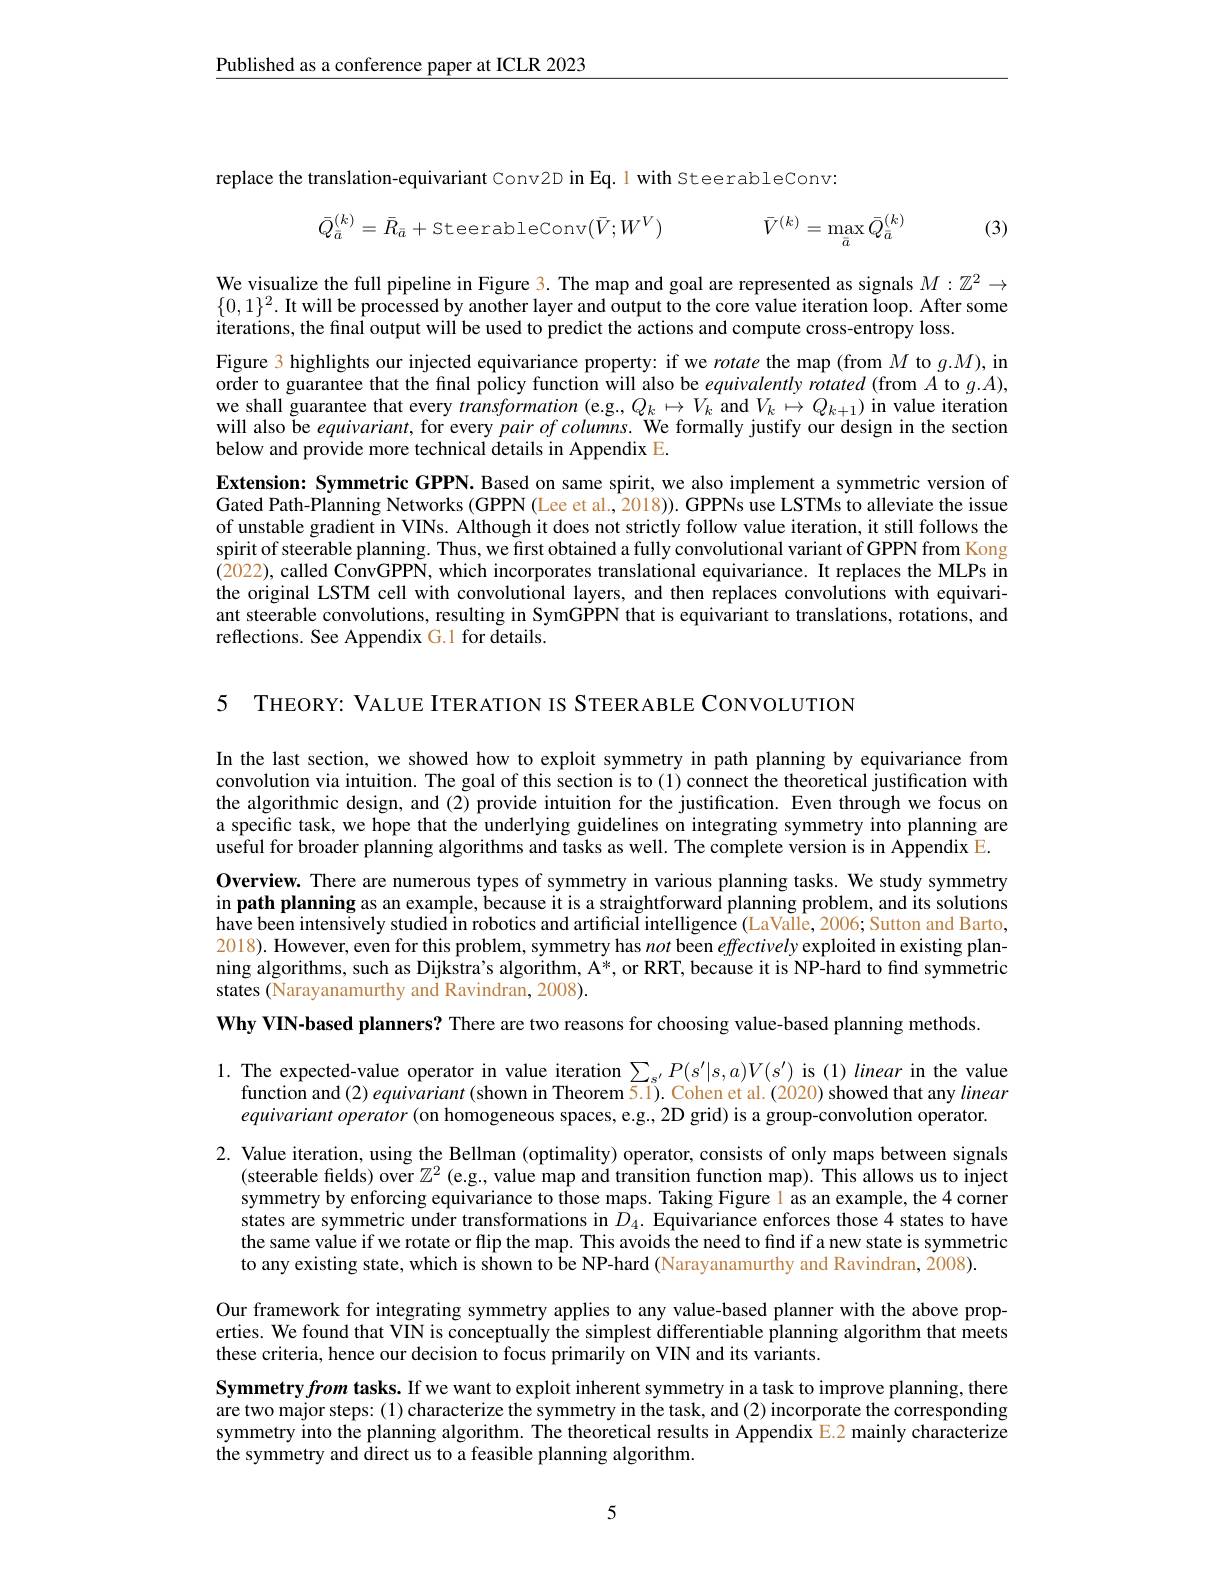
$\underline{\text{Published as a conference paper at ICLR 2023}}$

replace the translation-equivariant Conv2D in Eq.1 with SteerableConv:

(3)
$$\bar{Q}_{\bar{a}}^{(k)}=\bar{R}_{\bar{a}}+\text{SteerableConv}(\bar{V};W^{V})\quad\bar{V}^{(k)}=\max_{\bar{a}}\bar{Q}_{\bar{a}}^{(k)}$$
We visualize the full pipeline in Figure 3. The map and goal are represented as signals $M:\mathbb{Z}^2\to$ $\{0,1\}^2.$ It will be processed by another layer and output to the core value iteration loop. After some iterations, the final output will be used to predict the actions and compute cross-entropy loss.
Figure 3 highlights our injected equivariance property: if we rotate the map (from $M$ to $g.M)$,in order to guarantee that the final policy function will also be equivalently rotated (from $A$ to $g.A)$, we shall guarantee that every transformation (e.g., $Q_k\mapsto V_k$ and $V_k\mapsto Q_k+1)$ in value iteration will also be equivariant, for every pair of columns. We formally justify our design in the section below and provide more technical details in Appendix E.
Extension: Symmetric GPPN. Based on same spirit, we also implement a symmetric version of Gated Path-Planning Networks (GPPN (Lee et al., 2018)). GPPNs use LSTMs to alleviate the issue of unstable gradient in VINs. Although it does not strictly follow value iteration, it still follows the spirit of steerable planning. Thus, we first obtained a fully convolutional variant of GPPN from Kong $(\hat{2}022),\hat{\text{called ConvGPPN, which incorporates translational equivariance. It replaces the MLPs in}}$ the original LSTM cell with convolutional layers, and then replaces convolutions with equivariant steerable convolutions, resulting in SymGPPN that is equivariant to translations, rotations, and reflections. See Appendix G.1 for details.

5 THEORY: VALUE ITERATION IS STEERABLE CONVOLUTION

In the last section, we showed how to exploit symmetry in path planning by equivariance from convolution via intuition. The goal of this section is to (1) connect the theoretical justification with the algorithmic design, and (2) provide intuition for the justification. Even through we focus on a specific task, we hope that the underlying guidelines on integrating symmetry into planning are $\hat{\text{useful for broader planning algorithms and tasks as well. The complete version is in Appendix E.}}$ Overview. There are numerous types of symmetry in various planning tasks. We study symmetry in path planning as an example, because it is a straightforward planning problem, and its solutions have been intensively studied in robotics and artificial intelligence (LaValle,2006; Sutton and Barto, 2018). However, even for this problem, symmetry has not been effectively exploited in existing planning algorithms, such as Dijkstra's algorithm, A*, or RRT, because it is NP-hard to find symmetric states (Narayanamurthy and Ravindran, 2008).

Why VIN-based planners? There are two reasons for choosing value-based planning methods

1. The expected-value operator in value iteration $\sum_{s^{\prime}}P(s^{\prime}|s,a)V(s^{\prime})$ is (1) linear in the value
$\hat{\text{function and}(2)\textit{equivariant (shown in Theorem 5.1). Cohen et al.(2020) showed that any linear}}$ equivariant operator (on homogeneous spaces, e.g., 2D grid) is a group-convolution operator.

2. Value iteration, using the Bellman (optimality) operator, consists of only maps between signals
(steerable fields) over $\mathbb{Z}^2\left(\text{e.g., value map and transition function map).This allows us to inject}\right)$ symmetry by enforcing equivariance to those maps. Taking Figure l as an example, the 4 corner states are symmetric under transformations in $D_{4}.$ Equivariance enforces those 4 states to have the same value if we rotate or flip the map. This avoids the need to find if a new state is symmetric to any existing state, which is shown to be NP-hard (Narayanamurthy and Ravindran, $\tilde{2008}).$

Our framework for integrating symmetry applies to any value-based planner with the above properties. We found that VIN is conceptually the simplest differentiable planning algorithm that meets these criteria, hence our decision to focus primarily on VIN and its variants.

Symmetry from tasks. If we want to exploit inherent symmetry in a task to improve planning, there are two major steps: (1) characterize the symmetry in the task, and (2) incorporate the corresponding symmetry into the planning algorithm. The theoretical results in Appendix E.2 mainly characterize the symmetry and direct us to a feasible planning algorithm.

5